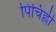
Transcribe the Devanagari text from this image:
पिचिह्ली